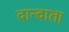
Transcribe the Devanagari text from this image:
दान्दाता